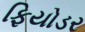
ફિયોડર